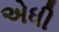
એધી